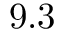
9 . 3